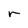
Character: r